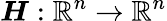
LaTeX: \boldsymbol{H}:\mathbb{R}^{n}\rightarrow\mathbb{R}^{n}